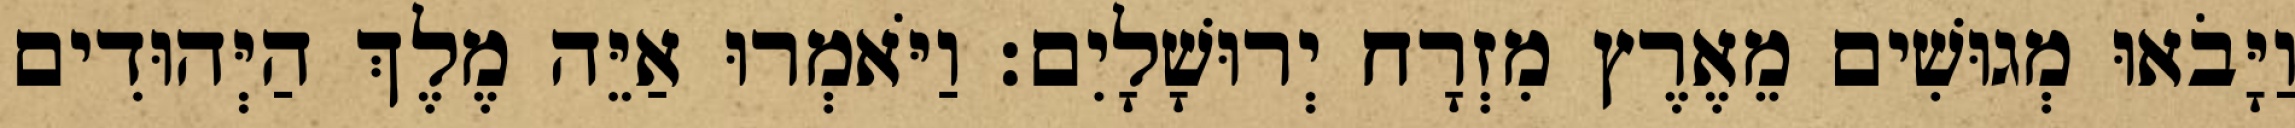
וַיָּבֹאוּ מְגוּשִׁים מֵאֶרֶץ מִזְרָח יְרוּשָׁלָיִם׃ וַיֹּאמְרוּ אַיֵּה מֶלֶךְ הַיְּהוּדִים